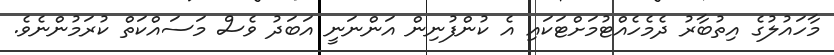
މާހައުލުގެ އިތުބާރު ދެމެހެއްޓުމަށްޓަކައި އެ ކުންފުނިން އަންނަނީ އަބަދު ވެސް މަސައްކަތް ކުރަމުންނެވެ.